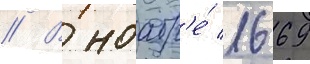
// В ноабр'е́ 1669